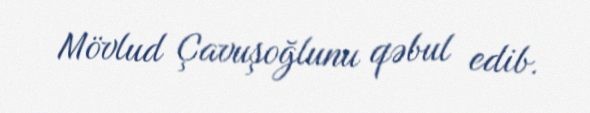
Mövlud Çavuşoğlunu qəbul edib.